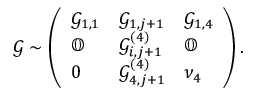
\mathcal { G } \sim \left( \begin{array} { l l l } { \mathcal { G } _ { 1 , 1 } } & { \mathcal { G } _ { 1 , j + 1 } } & { \mathcal { G } _ { 1 , 4 } } \\ { \mathbb { O } } & { \mathcal { G } _ { i , j + 1 } ^ { ( 4 ) } } & { \mathbb { O } } \\ { 0 } & { \mathcal { G } _ { 4 , j + 1 } ^ { ( 4 ) } } & { \nu _ { 4 } } \end{array} \right) .